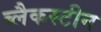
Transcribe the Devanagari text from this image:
ब्लैकस्टीन